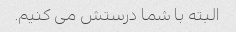
البته با شما درستش می کنیم.